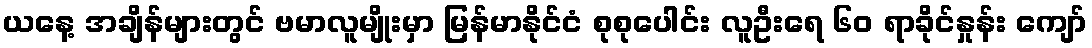
ယနေ့ အချိန်များတွင် ဗမာလူမျိုးမှာ မြန်မာနိုင်ငံ စုစုပေါင်း လူဦးရေ ၆၀ ရာခိုင်နှုန်း ကျော်